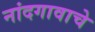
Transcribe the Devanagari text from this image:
नांदगावाचे